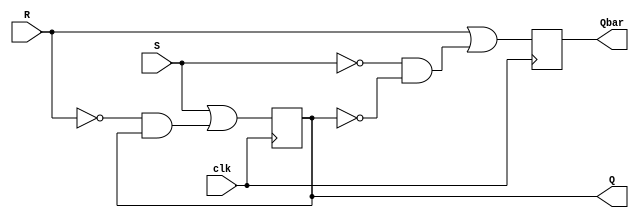
`timescale 1ns / 1ps
//////////////////////////////////////////////////////////////////////////////////
// Company: 
// Engineer: 
// 
// Design Name: 
// Module Name:    SR_FF 
// Project Name: 
// Target Devices: 
// Tool versions: 
// Description: 
//
// Dependencies: 
//
// Revision: 
// Revision 0.01 - File Created
// Additional Comments: 
//
//////////////////////////////////////////////////////////////////////////////////
module SR_FF(S,R,clk,Q,Qbar
    );

input S,R,clk;
output reg Q,Qbar;

always@(posedge clk)
	begin
		Q<=S|((!R)&Q);
		Qbar<=R|((!S)&(!Q));
	end
endmodule